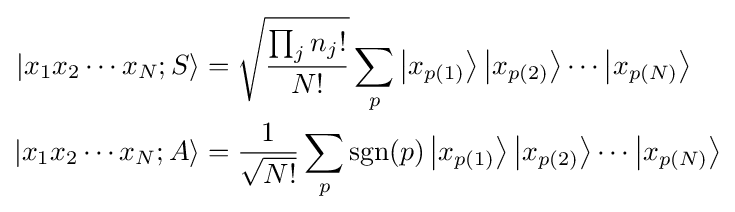
{\begin{aligned}|x_{1}x_{2}\cdots x_{N};S\rangle &={\sqrt {\frac {\prod _{j}n_{j}!}{N!}}}\sum _{p}\left|x_{p(1)}\right\rangle \left|x_{p(2)}\right\rangle \cdots \left|x_{p(N)}\right\rangle \\|x_{1}x_{2}\cdots x_{N};A\rangle &={\frac {1}{\sqrt {N!}}}\sum _{p}\mathrm {sgn} (p)\left|x_{p(1)}\right\rangle \left|x_{p(2)}\right\rangle \cdots \left|x_{p(N)}\right\rangle \end{aligned}}